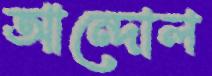
আন্দোল